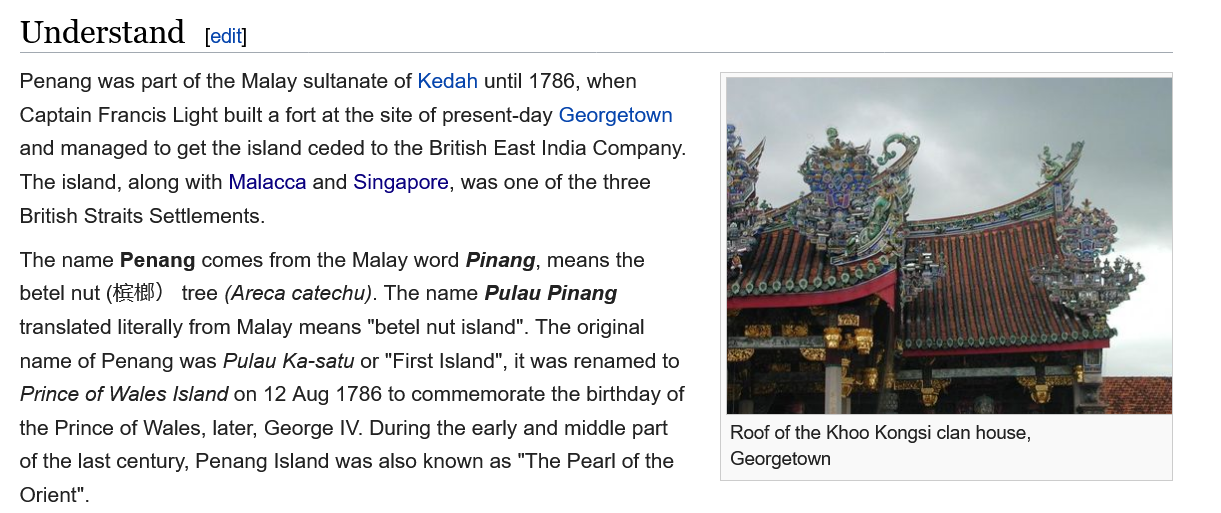
Understand
   Penang was part of the Malay sultanate of Kedah until 1786, when
  Captain Francis Light built a fort at the site of present-day Georgetown
  and  managed to get the island ceded to the British East India Company.
  The island, along with Malacca and Singapore, was one of the three
   British Straits Settlements.
  The  name Penang  comes from  the Malay word Pinang, means the
   betel nut (4218) tree (Areca catechu). The name Pulau Pinang
  translated literally from Malay means "betel nut island". The original
   name of Penang was Pulau Ka-satu or "First Island", it was renamed to
  Prince of Wales Island on 12 Aug 1786 to commemorate the birthday of
  the Prince of Wales, later, George IV. During the early and middle part
  of the last century, Penang Island was also known as "The Pear! of the
  Orient".
     Roof of the Khoo Kongsi clan house,
     Georgetown
     [edit]